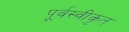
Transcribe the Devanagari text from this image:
पूर्वस्वीकृत